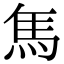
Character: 𩡨